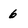
Character: 6